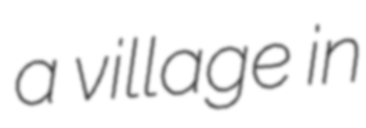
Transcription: a village in